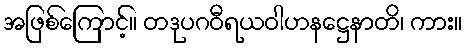
အဖြစ်ကြောင့်။ တဒုပဂဝီရယဝါဟနဋ္ဌေနာတိ၊ ကား။